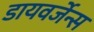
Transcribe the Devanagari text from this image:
डायवर्जेन्स